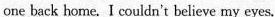
one back home. I couldn't believe my eyes.